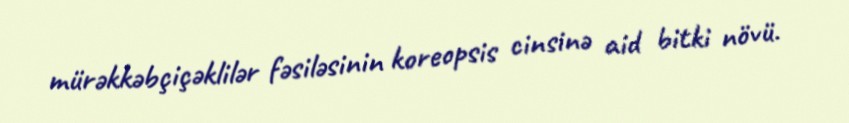
mürəkkəbçiçəklilər fəsiləsinin koreopsis cinsinə aid bitki növü.